Annual report of the Imperial Bacteriologist
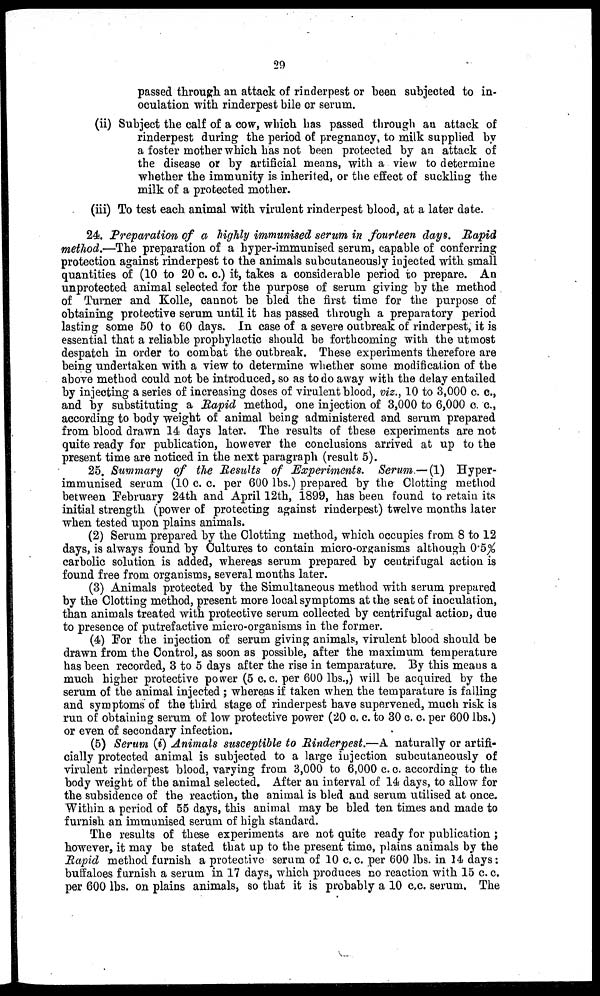
29
passed through an attack of rinderpest or been subjected to in-
oculation with rinderpest bile or serum.
(ii) Subject the calf of a cow, which has passed through an attack of
rinderpest during the period of pregnancy, to milk supplied by
a foster mother which has not been protected by an attack of
the disease or by artificial means, with a view to determine
whether the immunity is inherited, or the effect of suckling the
milk of a protected mother.
(iii) To test each animal with virulent rinderpest blood, at a later date.
24. Preparation of a highly immunised serum in fourteen days. Rapid
method.—The preparation of a hyper-immunised serum, capable of conferring
protection against rinderpest to the animals subcutaneously injected with small
quantities of (10 to 20 c. c.) it, takes a considerable period to prepare. An
unprotected animal selected for the purpose of serum giving by the method
of Turner and Kolle, cannot be bled the first time for the purpose of
obtaining protective serum until it has passed through a preparatory period
lasting some 50 to 60 days. In case of a severe outbreak of rinderpest, it is
essential that a reliable prophylactic should be forthcoming with the utmost
despatch in order to combat the outbreak. These experiments therefore are
being undertaken with a view to determine whether some modification of the
above method could not be introduced, so as to do away with the delay entailed
by injecting a series of increasing doses of virulent blood, viz., 10 to 3,000 c. c.,
and by substituting a Rapid method, one injection of 3,000 to 6,000 c. c.,
according to body weight of animal being administered and serum prepared
from blood drawn 14 days later. The results of these experiments are not
quite ready for publication, however the conclusions arrived at up to the
present time are noticed in the next paragraph (result 5).
25. Summary of the Results of Experiments. Serum.— (1) Hyper-
immunised serum (10 c. c. per 600 lbs.) prepared by the Clotting method
between February 24th and April 12th, 1899, has been found to retain its
initial strength (power of protecting against rinderpest) twelve months later
when tested upon plains animals.
(2) Serum prepared by the Clotting method, which occupies from 8 to 12
days, is always found by Cultures to contain micro-organisms although 0.5%
carbolic solution is added, whereas serum prepared by centrifugal action is
found free from organisms, several months later.
(3) Animals protected by the Simultaneous method with serum prepared
by the Clotting method, present more local symptoms at the seat of inoculation,
than animals treated with protective serum collected by centrifugal action, due
to presence of putrefactive micro-organisms in the former.
(4) For the injection of serum giving animals, virulent blood should be
drawn from the Control, as soon as possible, after the maximum temperature
has been recorded, 3 to 5 days after the rise in temparature. By this means a
much higher protective power (5 c. c. per 600 lbs.,) will be acquired by the
serum of the animal injected ; whereas if taken when the temparature is falling
and symptoms of the third stage of rinderpest have supervened, much risk is
run of obtaining serum of low protective power (20 c. c. to 30 c. c. per 600 lbs.)
or even of secondary infection.
(5) Serum (i) Animals susceptible to Rinderpest.—A naturally or artifi-
cially protected animal is subjected to a large injection subcutaneously of
virulent rinderpest blood, varying from 3,000 to 6,000 c. c. according to the
body weight of the animal selected. After an interval of 14 days, to allow for
the subsidence of the reaction, the animal is bled and serum utilised at once.
Within a period of 55 days, this animal may be bled ten times and made to
furnish an immunised serum of high standard.
The results of these experiments are not quite ready for publication ;
however, it may be stated that up to the present time, plains animals by the
Rapid method furnish a protective serum of 10 c.c. per 600 lbs. in 14 days:
buffaloes furnish a serum in 17 days, which produces no reaction with 15 c. c.
per 600 lbs. on plains animals, so that it is probably a 10 c.c. serum. The